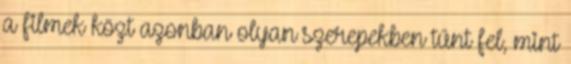
a filmek közt azonban olyan szerepekben tűnt fel, mint